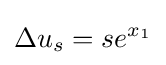
\Delta u_{s}=se^{x_{1}}